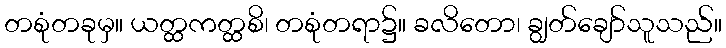
တစုံတခုမှ။ ယတ္ထကတ္ထစိ၊ တစုံတရာ၌။ ခလိတော၊ ချွတ်ချော်သူသည်။